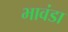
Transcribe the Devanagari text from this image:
भावंडा